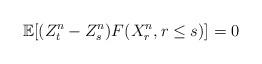
LaTeX: \begin{align*}\mathbb E[(Z^n_t-Z^n_s)F(X_r^n,r\leq s)]=0\end{align*}